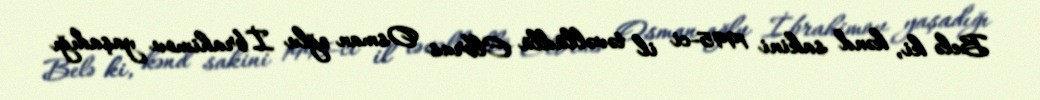
Belə ki, kənd sakini 1995-ci il təvəllüdlü Elbrus Osman oğlu İbrahimov yaşadığı